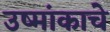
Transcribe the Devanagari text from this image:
उष्मांकाचे